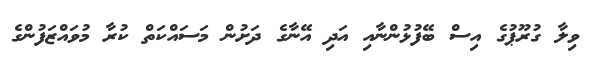
ވިލާ ގުރޫޕުގެ އިސް ބޭފުޅުންނާއި އަދި އޭނާގެ ދަށުން މަސައްކަތް ކުރާ މުވައްޒަފުންގެ